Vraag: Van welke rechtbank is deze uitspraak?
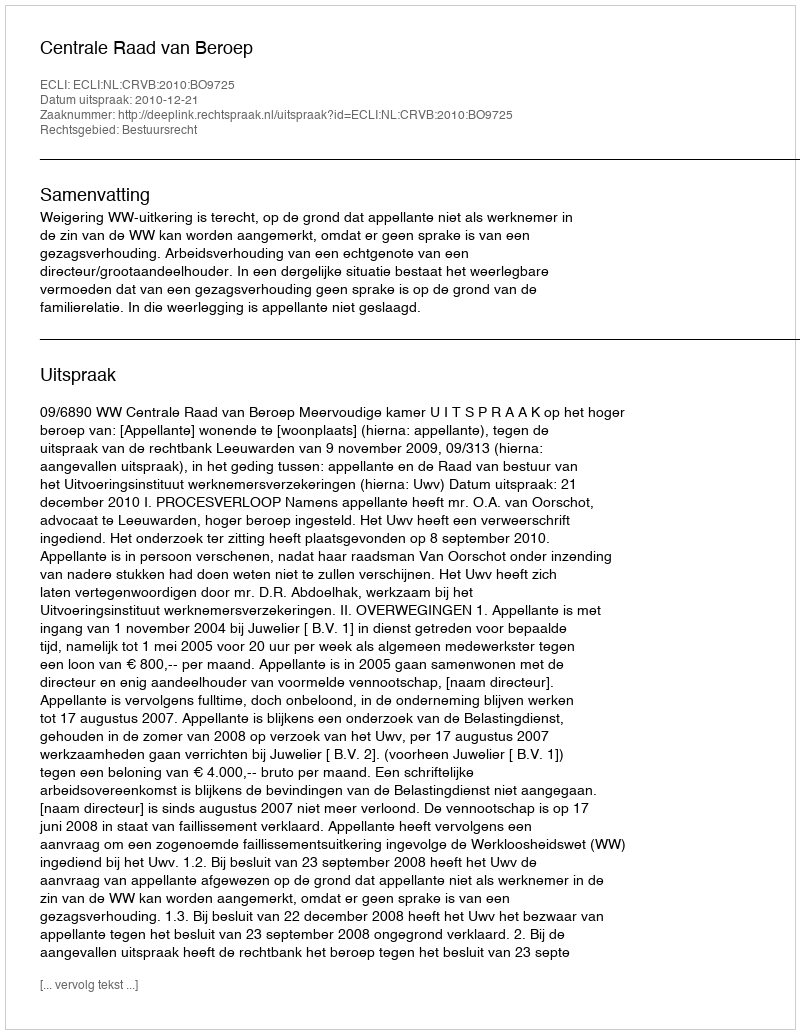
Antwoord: Centrale Raad van Beroep